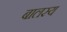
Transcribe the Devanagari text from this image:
बालस्य